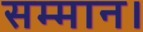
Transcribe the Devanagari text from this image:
सम्‍मान।